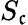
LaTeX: S_{\mathfrak{c}}